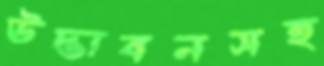
উদ্ভাবনসহ